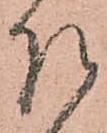
左